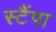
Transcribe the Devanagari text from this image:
स्टैंपा